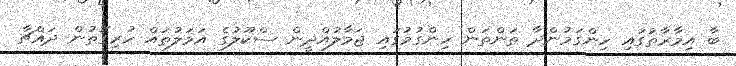
ބާ އިމާރާތުގައި ހިންގަމުންދާ ތަންތަން ހިންގުމުގައި ޖަމާލުއްދީން ސްކޫލުގެ އަމަލުތައް ހުރިގޮތުން ދައްޗާ